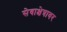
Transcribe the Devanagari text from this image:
सेवाक्षेत्रावर